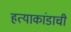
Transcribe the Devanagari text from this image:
हत्याकांडाची